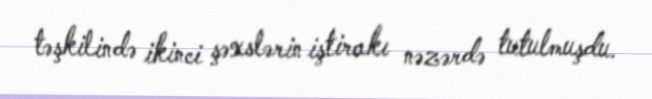
təşkilində ikinci şəxslərin iştirakı nəzərdə tutulmuşdu.